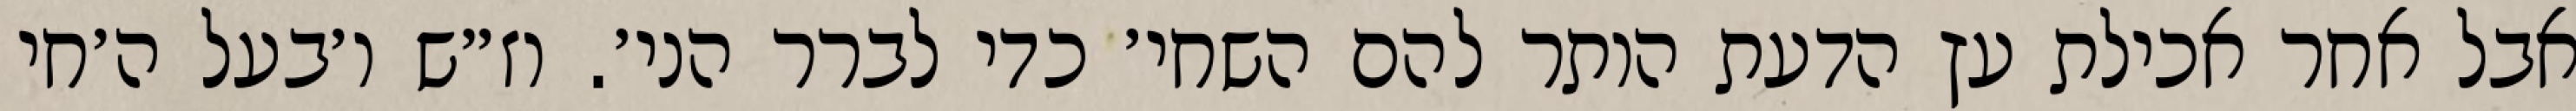
אבל אחר אכילת עץ הדעת הותר להם השחי׳ כדי לברר הני׳. וז״ש ו׳בעל ה׳חי